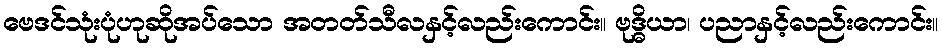
ဗေဒင်သုံးပုံဟုဆိုအပ်သော အတတ်သီလနှင့်လည်းကောင်း။ ဗုဒ္ဓိယာ၊ ပညာနှင့်လည်းကောင်း။